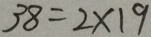
3 8 = 2 \times 1 9